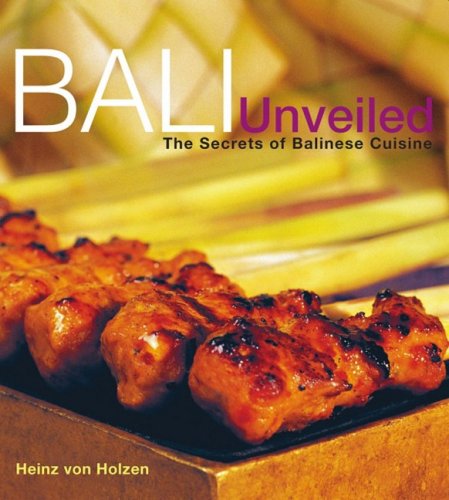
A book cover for Bali Unveiled: The Secrets of Balinese Cuisine; Heinz Von Holzen; Cookbooks, Food & Wine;